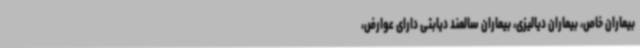
بیماران خاص، بیماران دیالیزی، بیماران سالمند دیابتی دارای عوارض،